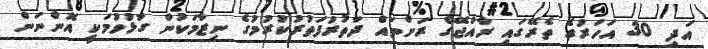
އަދި 30 އަހަރުގެ ތެރޭގައި ރާއްޖޭގެ ރަށްތައް ދަތުރުފަތުރުކުރުމުގެ ނިޒާމަކުން ގުޅުވުމަކީ އޮންނަން